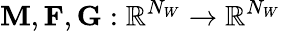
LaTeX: \mathbf{M},\mathbf{F},\mathbf{G}:\mathbb{R}^{N_{W}}\rightarrow\mathbb{R}^{N_{W}}